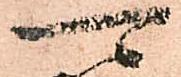
可